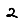
Digit: 2